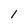
Character: 1